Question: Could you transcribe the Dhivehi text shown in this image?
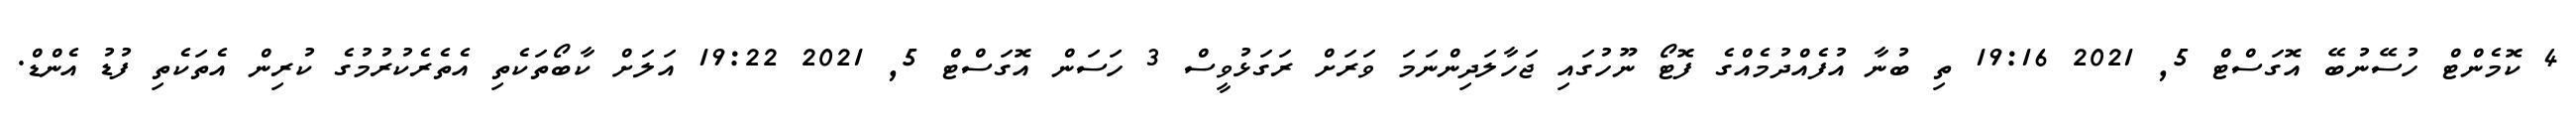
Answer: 4 ކޮމެންޓް ހުސޭނުބޭ އޮގަސްޓް 5, 2021 19:16 ތި ބުނާ އުފެއްދުމެއްގެ ފޮޓޯ ނޫހުގައި ޖަހާލަދިންނަމަ ވަރަށް ރަގަޅުވީސް 3 ހަސަން އޮގަސްޓް 5, 2021 19:22 އަލަށް ކާބޯތަކެތި އެތެރެކުރުމުގެ ކުރިން އެތަކެތި ފުޑު އެންޑް.